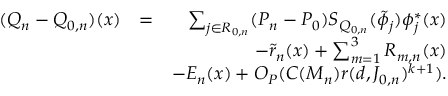
\begin{array} { r l r } { ( Q _ { n } - Q _ { 0 , n } ) ( x ) } & { = } & { \sum _ { j \in { \cal R } _ { 0 , n } } ( P _ { n } - P _ { 0 } ) S _ { Q _ { 0 , n } } ( \tilde { \phi } _ { j } ) \phi _ { j } ^ { * } ( x ) } \\ & { } & { - \tilde { r } _ { n } ( x ) + \sum _ { m = 1 } ^ { 3 } R _ { m , n } ( x ) } \\ & { } & { - E _ { n } ( x ) + O _ { P } ( C ( M _ { n } ) r ( d , J _ { 0 , n } ) ^ { k + 1 } ) . } \end{array}